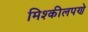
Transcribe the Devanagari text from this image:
मिश्कीलपणे